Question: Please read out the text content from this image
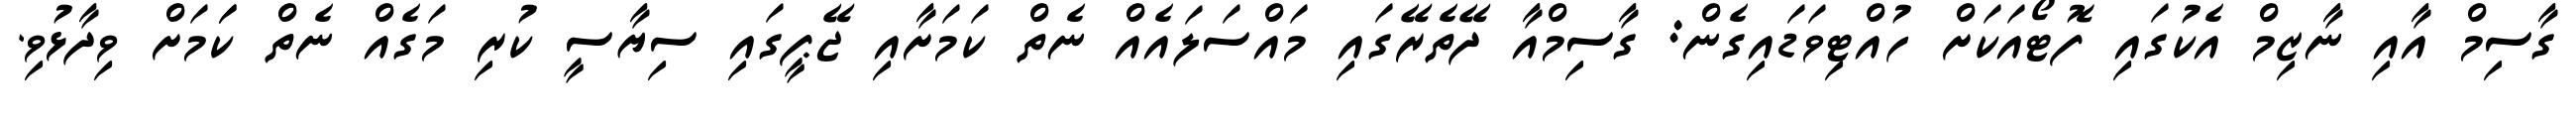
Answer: ގާސިމް އާއި ނާޒިމް އެކުގައި ފޮޓޯއަކަށް ހުއްޓިވަޑައިގެން: ގާސިމްއާ ދޭތެރޭގައި މައްސަލައެއް ނެތް ކަމަށާއި ޖޭޕީގައި ސިޔާސީ ކުރި މަގެއް ނެތް ކަަމަށް ވިދާޅުވި.